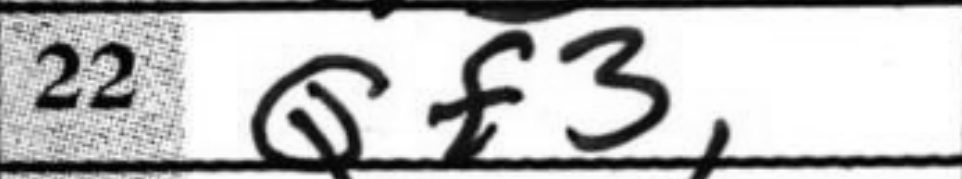
Transcription: Qf3